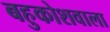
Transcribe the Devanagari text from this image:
बहुकोशवाला